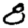
Digit: 8